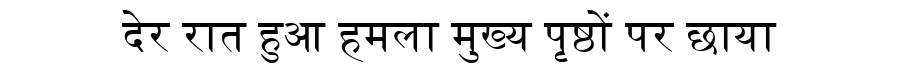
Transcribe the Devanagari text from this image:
देर रात हुआ हमला मुख्य पृष्ठों पर छाया